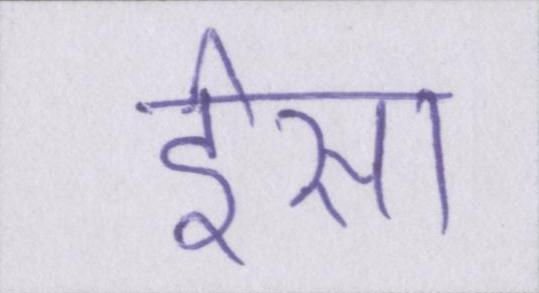
ईसा